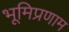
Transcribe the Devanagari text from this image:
भूमिप्रणाम